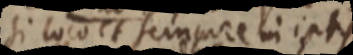
si locoet semporebi iptis